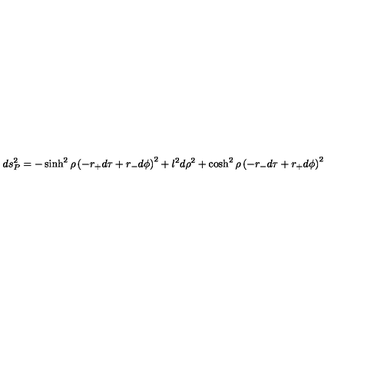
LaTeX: d s _ { P } ^ { 2 } = - \sinh ^ { 2 } \rho \left( - r _ { + } d \tau + r _ { - } d \phi \right) ^ { 2 } + l ^ { 2 } d \rho ^ { 2 } + \cosh ^ { 2 } \rho \left( - r _ { - } d \tau + r _ { + } d \phi \right) ^ { 2 }